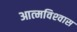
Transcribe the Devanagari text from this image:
आत्‍मविश्‍वास